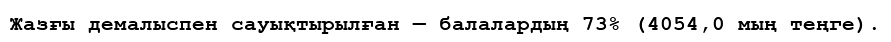
Жазғы демалыспен сауықтырылған — балалардың 73% (4054,0 мың теңге).